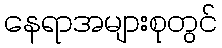
နေရာအများစုတွင်